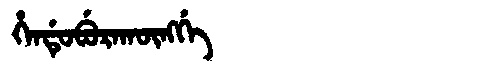
Manchu: ᡥᡝᠨᡩᡠᠪᡠᡵᠠᡴᡡᠩᡤᡝ
Romanization: HENDUBURAKŪNGGE